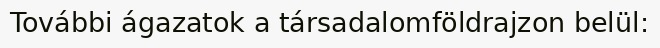
További ágazatok a társadalomföldrajzon belül: